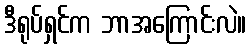
ဒီရုပ်ရှင်က ဘာအကြောင်းလဲ။